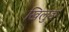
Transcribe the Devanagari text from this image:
खिलुङ